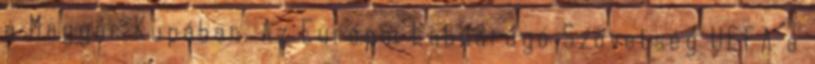
a Magyar Kupában. Az Európai Labdarúgó Szövetség UEFA a